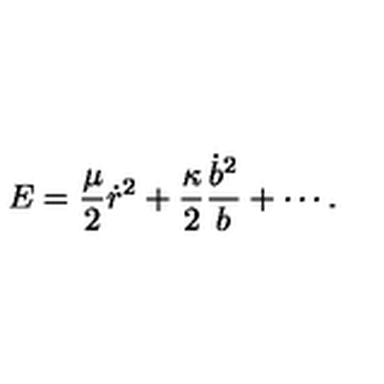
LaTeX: E = { \frac { \mu } { 2 } } \dot { r } ^ { 2 } + { \frac { \kappa } { 2 } } { \frac { \dot { b } ^ { 2 } } { b } } + \cdots .